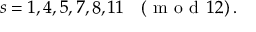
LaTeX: s = 1 , 4 , 5 , 7 , 8 , 1 1 \quad ( \textrm { m o d } \, 1 2 ) \, .